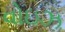
વોઇઝ